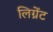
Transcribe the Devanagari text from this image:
लिग्नेंट